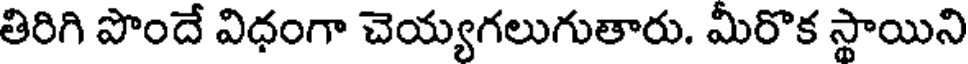
తిరిగి పొందే విధంగా చెయ్యగలుగుతారు. మీరొక స్థాయిని